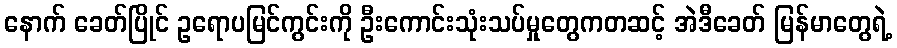
နောက် ခေတ်ပြိုင် ဥရောပမြင်ကွင်းကို ဦးကောင်းသုံးသပ်မှုတွေကတဆင့် အဲဒီခေတ် မြန်မာတွေရဲ့